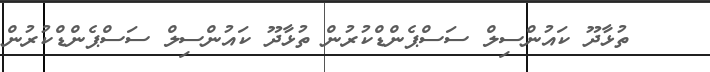
ތުޅާދޫ ކައުންސިލް ސަސްޕެންޑްކުރުން ތުޅާދޫ ކައުންސިލް ސަސްޕެންޑްކުރުން